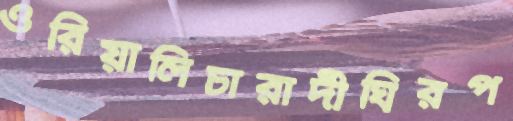
ওরিয়ালিচারাদীঘিরপ